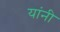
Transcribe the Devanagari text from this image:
यांंनी